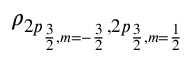
\rho _ { 2 p _ { \frac { 3 } { 2 } , m = - \frac { 3 } { 2 } } , 2 p _ { \frac { 3 } { 2 } , m = \frac { 1 } { 2 } } }